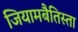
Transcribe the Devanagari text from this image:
जियामबैतिस्ता